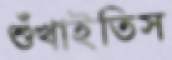
শুঁখাইতিস